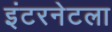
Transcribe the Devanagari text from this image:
इंटरनेटला